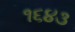
૧૬૪૩